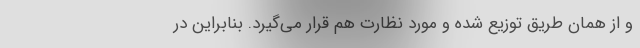
و از همان طریق توزیع شده و مورد نظارت هم قرار می‌گیرد. بنابراین در